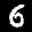
Label: 6